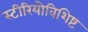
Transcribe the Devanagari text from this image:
स्टीरियोविशिष्ट